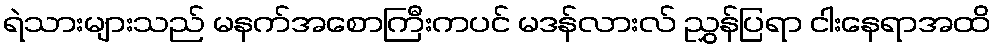
ရဲသားများသည် မနက်အစောကြီးကပင် မဒန်လားလ် ညွှန်ပြရာ ငါးနေရာအထိ